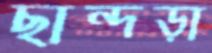
ছান্দড়া